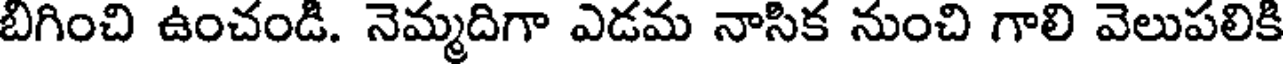
బిగించి ఉంచండి. నెమ్మదిగా ఎడమ నాసిక నుంచి గాలి వెలుపలికి